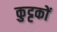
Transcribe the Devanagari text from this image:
कुट्टकों